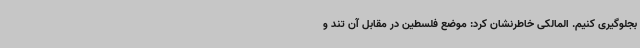
بجلوگیری کنیم. المالکی خاطرنشان کرد: موضع فلسطین در مقابل آن تند و